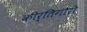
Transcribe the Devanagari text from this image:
कीर्तिगौरी